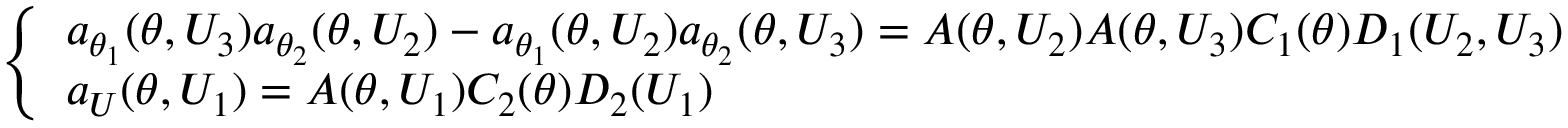
\left\{ \begin{array} { l l } { a _ { \theta _ { 1 } } ( \theta , U _ { 3 } ) a _ { \theta _ { 2 } } ( \theta , U _ { 2 } ) - a _ { \theta _ { 1 } } ( \theta , U _ { 2 } ) a _ { \theta _ { 2 } } ( \theta , U _ { 3 } ) = A ( \theta , U _ { 2 } ) A ( \theta , U _ { 3 } ) C _ { 1 } ( \theta ) D _ { 1 } ( U _ { 2 } , U _ { 3 } ) } \\ { a _ { U } ( \theta , U _ { 1 } ) = A ( \theta , U _ { 1 } ) C _ { 2 } ( \theta ) D _ { 2 } ( U _ { 1 } ) } \end{array} \right.